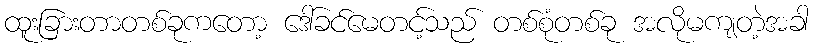
ထူးခြားတာတစ်ခုကတော့ ဒေါ်ခင်မေတင့်သည် တစ်စုံတစ်ခု အလိုမကျတဲ့အခါ